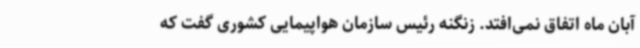
آبان ماه اتفاق نمی‌افتد. زنگنه رئیس سازمان هواپیمایی کشوری گفت که